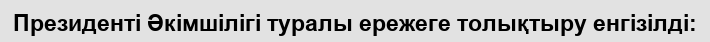
Президенті Әкімшілігі туралы ережеге толықтыру енгізілді: